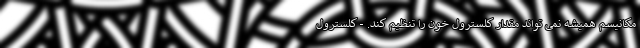
مکانیسم همیشه نمی تواند مقدار کلسترول خون را تنظیم کند. - کلسترول